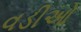
વડીઓ